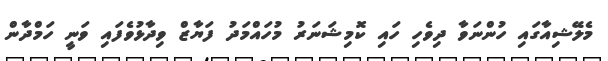
މެލޭޝިއާގައި ހުންނަވާ ދިވެހި ހައި ކޮމިޝަނަރު މުހައްމަދު ފަޔާޒް ވިދާޅުވެފައި ވަނީ ހަމްދާން